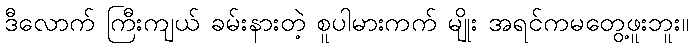
ဒီလောက် ကြီးကျယ် ခမ်းနားတဲ့ စူပါမားကက် မျိုး အရင်ကမတွေ့ဖူးဘူး။